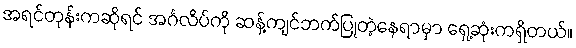
အရင်တုန်းကဆိုရင် အင်္ဂလိပ်ကို ဆန့်ကျင်ဘက်ပြုတဲ့နေရာမှာ ရှေ့ဆုံးကရှိတယ်။